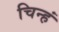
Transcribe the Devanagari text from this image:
चिन्हं